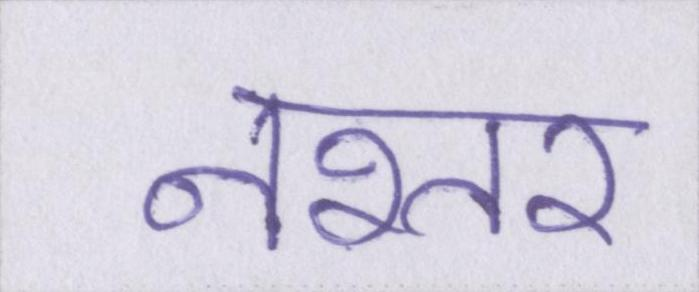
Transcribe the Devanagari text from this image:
नश्तर